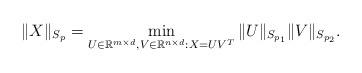
LaTeX: \begin{align*}\|X\|_{S_{p}}=\min_{U\in\mathbb{R}^{m\times d},V\in\mathbb{R}^{n\times d}:X=UV^{T}}\|U\|_{S_{p_{1}}}\|V\|_{S_{p_{2}}}.\end{align*}